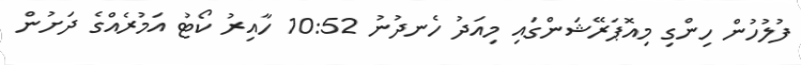
ފުލުހުން ހިންގި މިއޮޮޕަރޭޝަންގައި މިއަދު ހެނދުނު 10:52 ހާއިރު ކޯޓު އަމުރެއްގެ ދަށުން